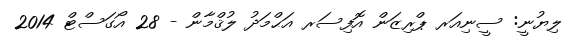
ލިޔުނީ: ސީނިއަރ ޕްރިޒަން އޮފިސަރ އަޙްމަދު ލުޤްމާން - 28 އޯގަސްޓް 2014